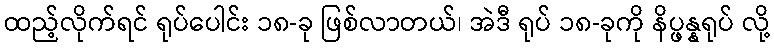
ထည့်လိုက်ရင် ရုပ်ပေါင်း ၁၈-ခု ဖြစ်လာတယ်၊ အဲဒီ ရုပ် ၁၈-ခုကို နိပ္ဖန္နရုပ် လို့